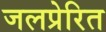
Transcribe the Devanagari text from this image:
जलप्रेरित